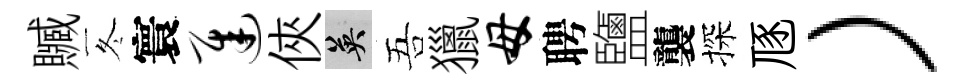
贓冬寰迟俠英吾獵母聘鹽襲探豗）